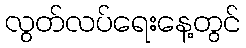
လွတ်လပ်ရေးနေ့တွင်